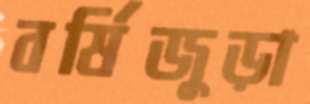
বর্ষিজুড়া